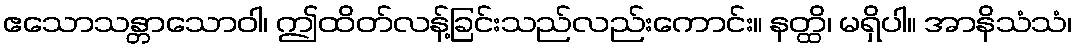
ဧသောသန္တာသောဝါ၊ ဤထိတ်လန့်ခြင်းသည်လည်းကောင်း။ နတ္ထိ၊ မရှိပါ။ အာနိသံသံ၊